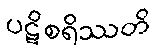
ပဋိစရိဿတိ